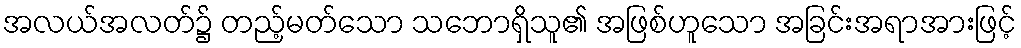
အလယ်အလတ်၌ တည့်မတ်သော သဘောရှိသူ၏ အဖြစ်ဟူသော အခြင်းအရာအားဖြင့်